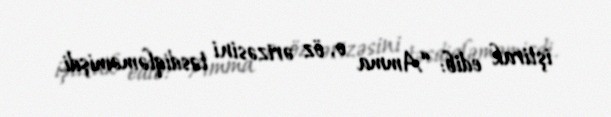
iştirak edib: “Amma o, öz ərizəsini təsdiqləməmişdi.